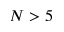
N > 5